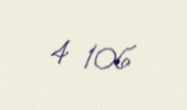
4 106